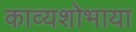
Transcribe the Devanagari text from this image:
काव्यशोभाया